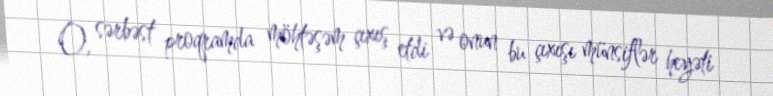
O, sərbəst proqramda möhtəşəm çıxış etdi və onun bu çıxışı münsiflər heyəti